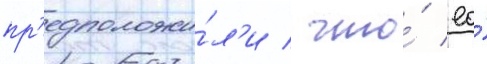
пр'едположи́л'и / что́ ео́